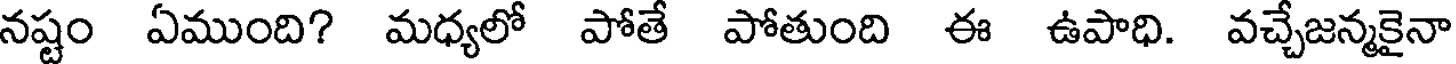
నష్టం ఏముంది? మధ్యలో పోతే పోతుంది ఈ ఉపాధి. వచ్చేజన్మకైనా